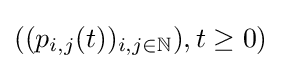
((p_{i,j}(t))_{i,j\in \mathbb {N} }),t\geq 0)